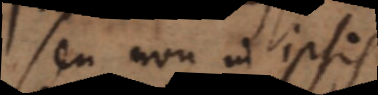
seu non in ipsis.